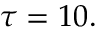
\tau = 1 0 .